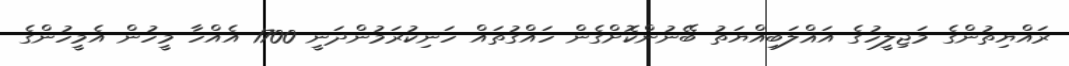
ރައްޔިތުންގެ މަޖިލީހުގެ އަޣްލަބިއްޔަތު ބޭނުންކޮށްގެން ހައްގުތައް ހަނިކުރަމުންދަނީ 1700 އެއްހާ މީހުން އެމީހުންގެ